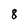
Character: 8